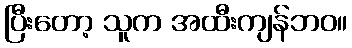
ပြီးတော့ သူက အထီးကျန်ဘဝ။